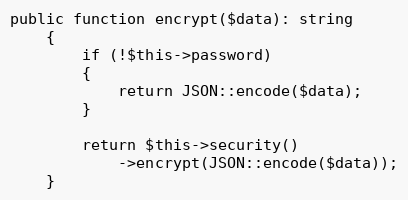
Language: PHP
public function encrypt($data): string
    {
        if (!$this->password)
        {
            return JSON::encode($data);
        }

        return $this->security()
            ->encrypt(JSON::encode($data));
    }